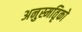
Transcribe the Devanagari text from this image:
अनुस्मतिृको